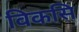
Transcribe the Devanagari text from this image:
विकसि